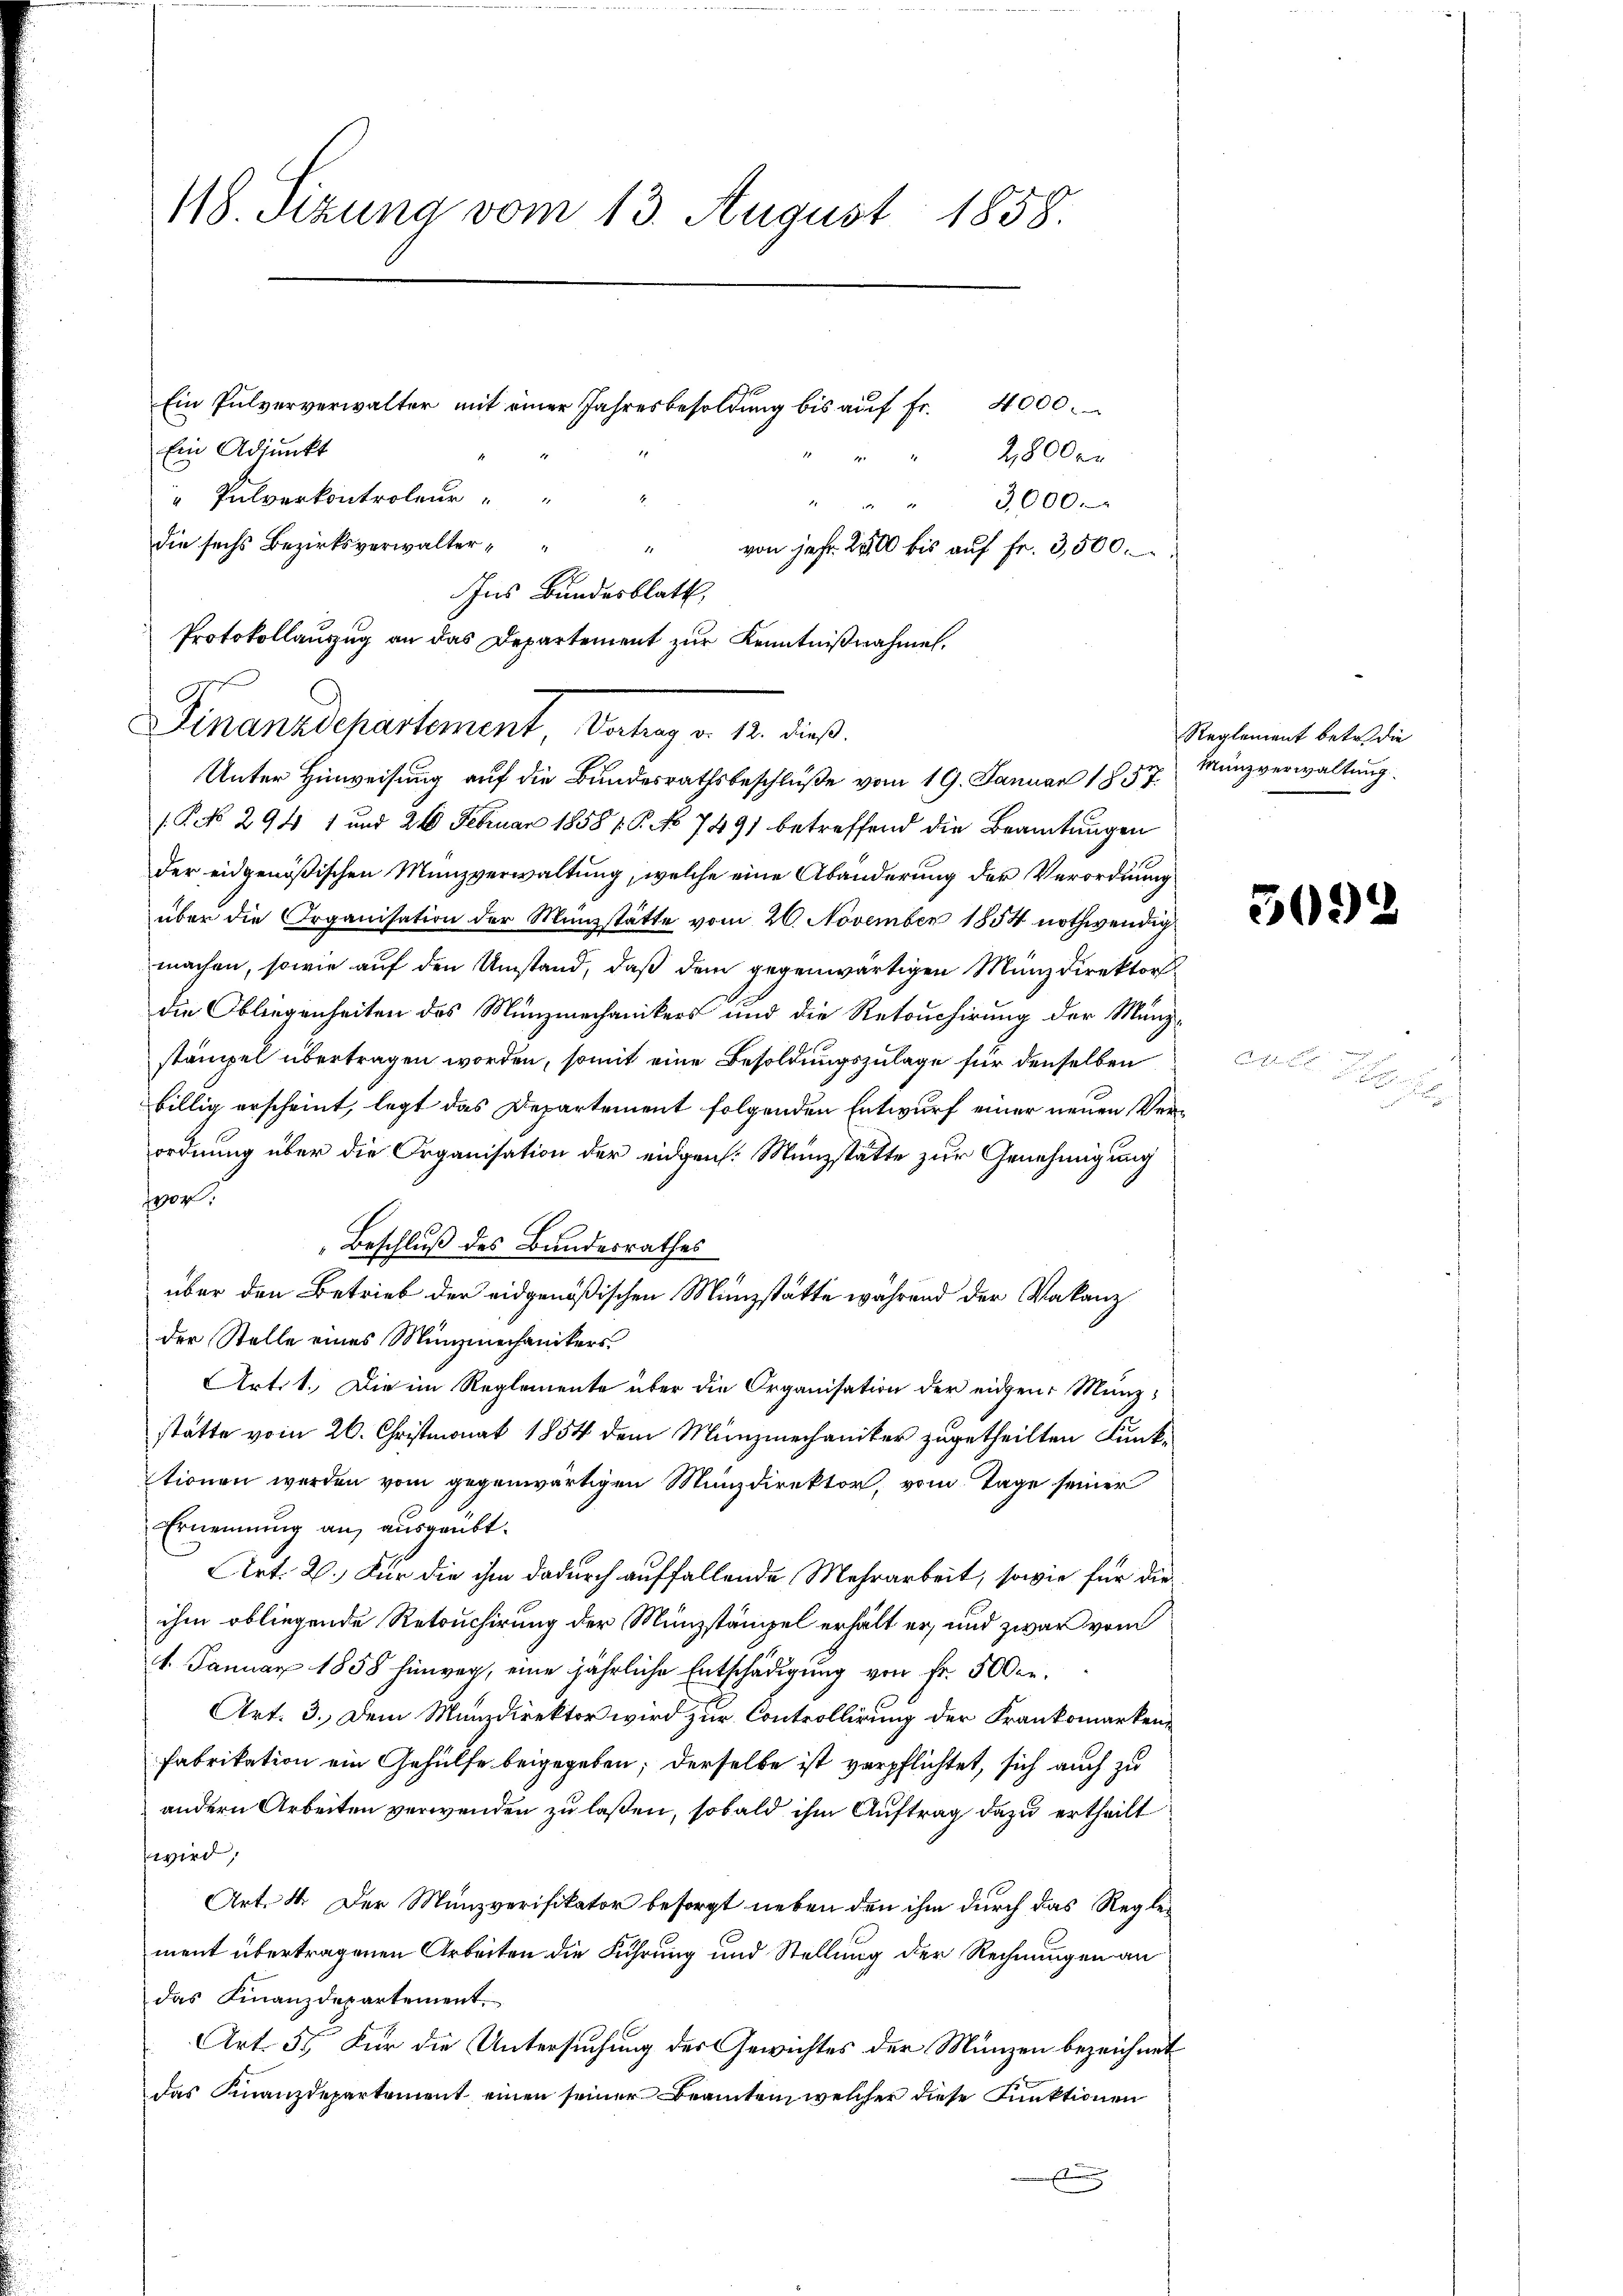
118. Sizung vom 13. August 1858.

Ein Adjunkt
2800 er
" Pulverkontroleur
" " " 3000.
die sechs Bezirksverwalter
von jehr. 2800 bis auf Fr. 3,500.
.
Ins Bundesblatt,
Protokollauszug an das Departement zur Kenntnißnahmel,
Unter Hinweisung auf die Bundesrathsbeschluße vom 19. Januar 1857.
.P. No 294 1 und 26 Februar 1858 V. P. No 7491 betreffend die Beamtungen
der eidgenößischen Münzverwaltung, welche eine Abänderung der Verordnung
über die Organisation der Münzstätte vom 20. November 1854 nothwendig
machen, sowie auf den Umstand, daß dem gegenwärtigen Manzdirektor
die Obliegenheiten des Münzmechanikers und die Retouchirung der Münzstämpel übertragen worden, somit eine Besoldungszulage für denselben
billig erscheint, legt das Departement folgenden Entwurf einer neuen Verordnung über die Organisation der eidgen. Münzstätte zur Genehmigung
or.
Beschluß des Bundesrathes
über den Betrieb der eidgenößischen Münzstätte während der Vakanz
der Stelle eines Münzmechanikers¬
AArtet. Die im Reglemente über die Organisation der eidgen. Manzstätte vom 20. Christmonat 1854 dem Münzmechaniker zugetheilten Funktionen werden vom gegenwärtigen Münzdirektor, vom Tage seiner
Ernennung an ausgeübt.
Art. 2.) Für die ihm dadurch auffallende Mehrarbeit, sowie für dieihm obliegende Retouchirung der Münzstämpel erhält er, und zwar vom
1. Januar 1858 hinweg, eine jährliche Entschädigung von Fr. 500 er¬
Art. 3. Dem Munzdirektor wird zur Controllirung der Frankomarken¬
Fabrikation ein Gehülfe beigegeben; derselbe ist verpflichtet, sich auch zu
andern Arbeiten verwenden zu laßen, sobald ihm Auftrag dazu ertheilt
wird,
Art. 4. Der Münzverifikator besorgt neben den ihm durch das Reglement übertragenen Arbeiten die Führung und Stellung der Rechnungen an
das Finanzdepartement.
Art. 5. Für die Untersuchung des Gewichtes der Münzen bezeichnet
das Finanzdepartement einen seiner Beamten, welcher diese Funktionen
g

Finanzdepartement Antrag u. 12. dies

Ein Pulververwalter mit einer Jahresbesoldŭng bis aŭf fr. 4000.

Reglement betr. die
Münzverwaltung.

30.

d